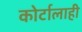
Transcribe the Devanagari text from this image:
कोर्टालाही